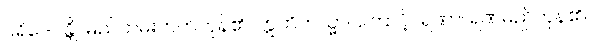
ပရိဒေဝန္တိ၊ မြည်တမ်းတတ်ကုန်၏။ ဣတိတသ္မာ၊ ကြောင့်။ ရဏာ၊ ရဏမည်ကုန်၏။